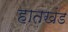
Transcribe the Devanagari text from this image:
हातखंड